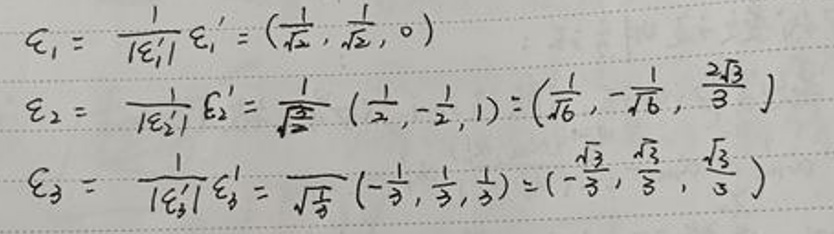
\[\epsilon_1&=\frac{1}{|\epsilon_1'|}\epsilon_1'=(\frac{1}{\sqrt{2}},\frac{1}{\sqrt{2}},0)\]\\
\[\epsilon_2&=\frac{1}{|\epsilon_2'|}\epsilon_2'=\frac{1}{\sqrt{\frac{3}{2}}}(\frac{1}{2},-\frac{1}{2},1)=(\frac{1}{\sqrt{6}},-\frac{1}{\sqrt{6}},\frac{2\sqrt{3}}{3})\]\\
\[\epsilon_3&=\frac{1}{|\epsilon_3'|}\epsilon_3'=\frac{1}{\sqrt{\frac{1}{3}}}(-\frac{1}{3},\frac{1}{3},\frac{1}{3})=(-\frac{\sqrt{3}}{3},\frac{\sqrt{3}}{3},\frac{\sqrt{3}}{3})\]